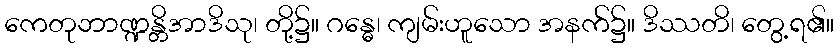
ကေတုဘာဏ္ဍန္တိအာဒိသု၊ တို့၌။ ဂန္ဓေ၊ ကျမ်းဟူသော အနက်၌။ ဒိဿတိ၊ တွေ့ရ၏။